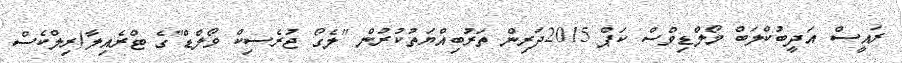
ރައީސް އަދީބުކްލަބް މޯލްޑިވްސް ކަޕް 2015ދަރިން ތަރުބިއްޔަތުކުރުން "ލެގޯ ޖުރެސިކް ވޯލްޑް"ގެ ޓްރެއިލާ(ރިލްކެސް